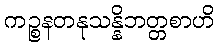
ကဉ္စနတနုသန္နိဘတ္တစာဟိ